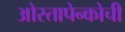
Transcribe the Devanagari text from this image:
ओस्तापेन्कोची